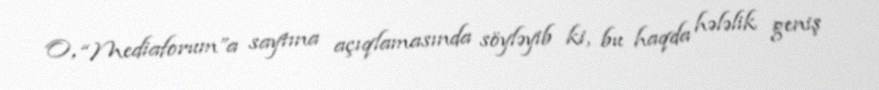
O, “Mediaforum”a saytına açıqlamasında söyləyib ki, bu haqda hələlik geniş